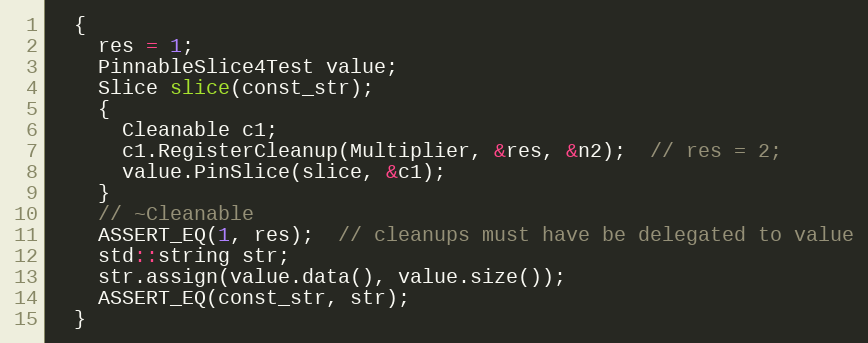
Language: C++
  {
    res = 1;
    PinnableSlice4Test value;
    Slice slice(const_str);
    {
      Cleanable c1;
      c1.RegisterCleanup(Multiplier, &res, &n2);  // res = 2;
      value.PinSlice(slice, &c1);
    }
    // ~Cleanable
    ASSERT_EQ(1, res);  // cleanups must have be delegated to value
    std::string str;
    str.assign(value.data(), value.size());
    ASSERT_EQ(const_str, str);
  }